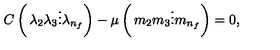
C \left( \begin{matrix} { \lambda _ { 2 } } \\ { \lambda _ { 3 } } \\ { \vdots } \\ { \lambda _ { n _ { f } } } \\ \end{matrix} \right) - \mu \left( \begin{matrix} { m _ { 2 } } \\ { m _ { 3 } } \\ { \vdots } \\ { m _ { n _ { f } } } \\ \end{matrix} \right) = 0 ,